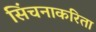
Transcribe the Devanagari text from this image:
सिंचनाकरिता